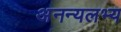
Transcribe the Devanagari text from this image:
अनन्यलभ्य